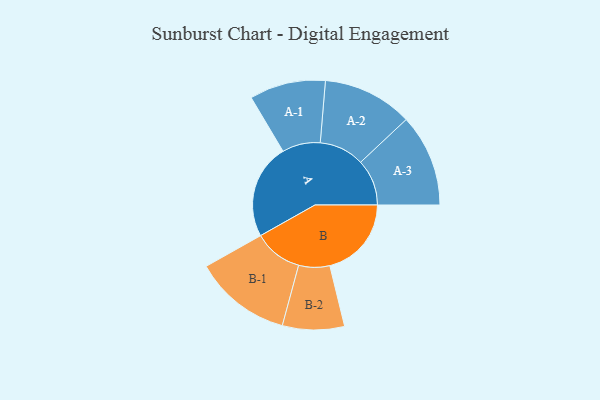
{"axis": {"x": "Segment", "y": "Value"}, "legend": ["", "A", "B"], "data": [{"x": "A", "y": 466, "type": ""}, {"x": "B", "y": 401, "type": ""}, {"x": "A-1", "y": 187, "type": "A"}, {"x": "A-2", "y": 221, "type": "A"}, {"x": "A-3", "y": 227, "type": "A"}, {"x": "B-1", "y": 239, "type": "B"}, {"x": "B-2", "y": 152, "type": "B"}]}